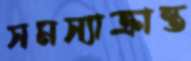
সমস্যাক্রান্ত